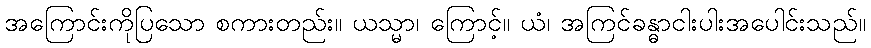
အကြောင်းကိုပြသော စကားတည်း။ ယသ္မာ၊ ကြောင့်။ ယံ၊ အကြင်ခန္ဓာငါးပါးအပေါင်းသည်။